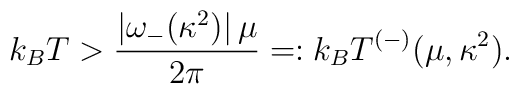
k_B T > \frac{\left|\omega_-(\kappa^2)\right|\mu}{2\pi} =:k_B T^{(-)}(\mu,\kappa^2).